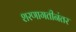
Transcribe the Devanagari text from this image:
शरणागतीनंतर